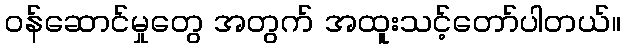
ဝန်ဆောင်မှုတွေ အတွက် အထူးသင့်တော်ပါတယ်။